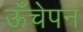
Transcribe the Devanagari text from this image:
ऊँचेपन